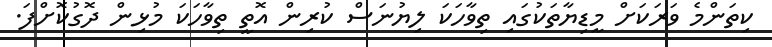
ކިތަންމެ ވަރަކަށް މީޑިޔާތަކުގައި ތިވާހަކަ ލިޔުނަސް ކުރިން އޮތީ ތިވާހަކަ މުޅިން ދޮގުކޮށްފަ.